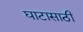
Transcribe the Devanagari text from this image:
घाटासाठी